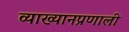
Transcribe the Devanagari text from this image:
व्याख्यानप्रणाली